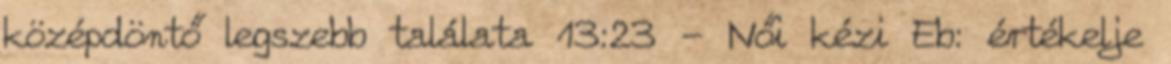
középdöntő legszebb találata 13:23 - Női kézi Eb: értékelje